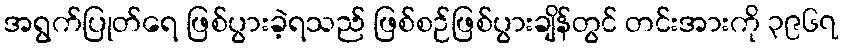
အရွက်ပြုတ်ရေ ဖြစ်ပွားခဲ့ရသည် ဖြစ်စဉ်ဖြစ်ပွားချိန်တွင် တင်းအားကို ၃၉၆၇